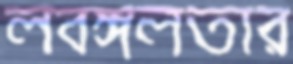
লবঙ্গলতার